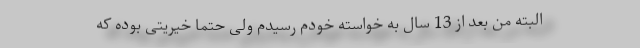
البته من بعد از 13 سال به خواسته خودم رسیدم ولی حتما خیریتی بوده که